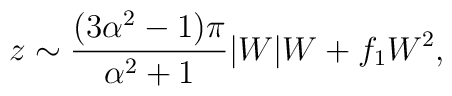
z\sim\frac{(3\alpha^{2}-1)\pi}{\alpha^{2}+1}|W|W +f_{1}W^{2},